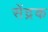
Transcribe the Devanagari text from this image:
सेंद्रक